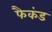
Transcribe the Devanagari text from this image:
फैकंड